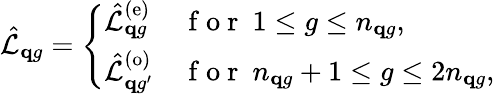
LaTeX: \hat{\mathcal{L}}_{\mathbf qg}=\left\{ \begin{array}{ll}{\hat{\mathcal L}_{{\mathbf qg}}^{(\mathrm{e})}}&{\mathrm{~f~o~r~}~{1\le{g}\le n_{\mathbf{q}g}},}\\ {\hat{\mathcal L}_{{\mathbf qg^{\prime}}}^{(\mathrm{o})}}&{\mathrm{~f~o~r~}~{n_{\mathbf{q}g}+1\leq{g}\le{2n_{\mathbf{q}g}}},}\end{array}\right.